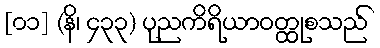
[၀၁] (နိ၊ ၄၃၃) ပုညကိရိယာဝတ္ထုစသည်